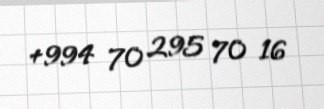
+994 70 295 70 16